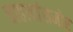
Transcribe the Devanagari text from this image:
चाहत्यांसमोर